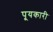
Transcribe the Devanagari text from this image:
पूयकारी